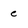
Character: e